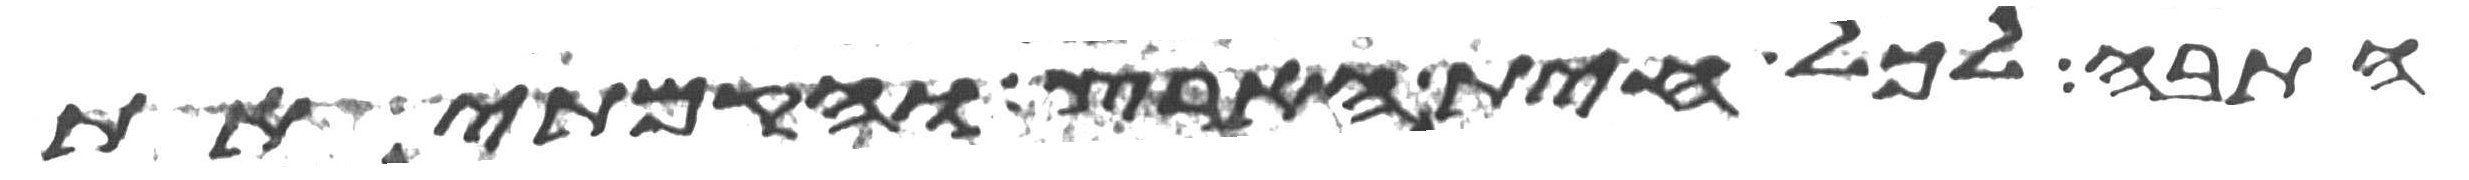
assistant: התבה לכל חית הארץ והקמתי את